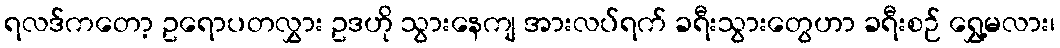
ရလဒ်ကတော့ ဥရောပတလွှား ဥဒဟို သွားနေကျ အားလပ်ရက် ခရီးသွားတွေဟာ ခရီးစဉ် ရွှေ့မလား၊